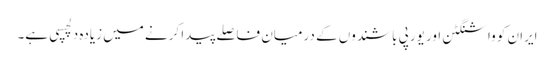
ایران کو واشنگٹن اور یورپی باشندوں کے درمیان فاصلے پیدا کرنے میں زیادہ دلچسپی ہے۔